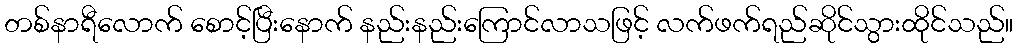
တစ်နာရီလောက် စောင့်ပြီးနောက် နည်းနည်းကြောင်လာသဖြင့် လက်ဖက်ရည်ဆိုင်သွားထိုင်သည်။